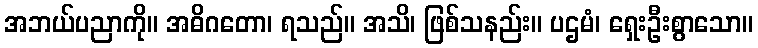
အဘယ်ပညာကို။ အဓိဂတော၊ ရသည်။ အသိ၊ ဖြစ်သနည်း။ ပဌမံ၊ ရှေးဦးစွာသော။